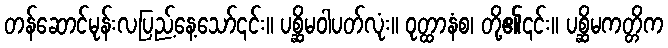
တန်ဆောင်မုန်းလပြည့်နေ့သော်၎င်း။ ပစ္ဆိမဝါပတ်လုံး။ ဝုတ္ထာနံစ၊ တို့၏၎င်း။ ပစ္ဆိမကတ္တိက